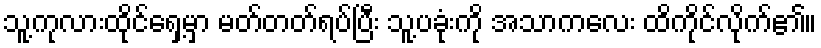
သူ့ကုလားထိုင်ရှေ့မှာ မတ်တတ်ရပ်ပြီး သူ့ပခုံးကို အသာကလေး ထိကိုင်လိုက်၏။